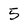
Character: 5